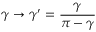
\gamma \to \gamma ^ { \prime } = \frac { \gamma } { \pi - \gamma }